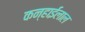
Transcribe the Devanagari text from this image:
कन्हाईलाल